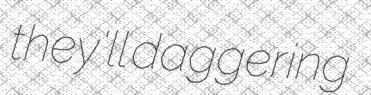
they'll daggering